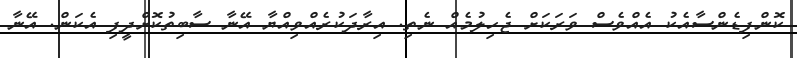
ކޮންފިޑެންސާއެކު އެއްވެސް ވަރަކަށް ޖެހިލުމެއް ނެތި. އިރާދަކުރެއްވިއްޔާ އޭނާ ސާބިތުކޮށްދީފި އެކަން. އޭނާ